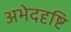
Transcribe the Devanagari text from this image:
अभेददृष्टि